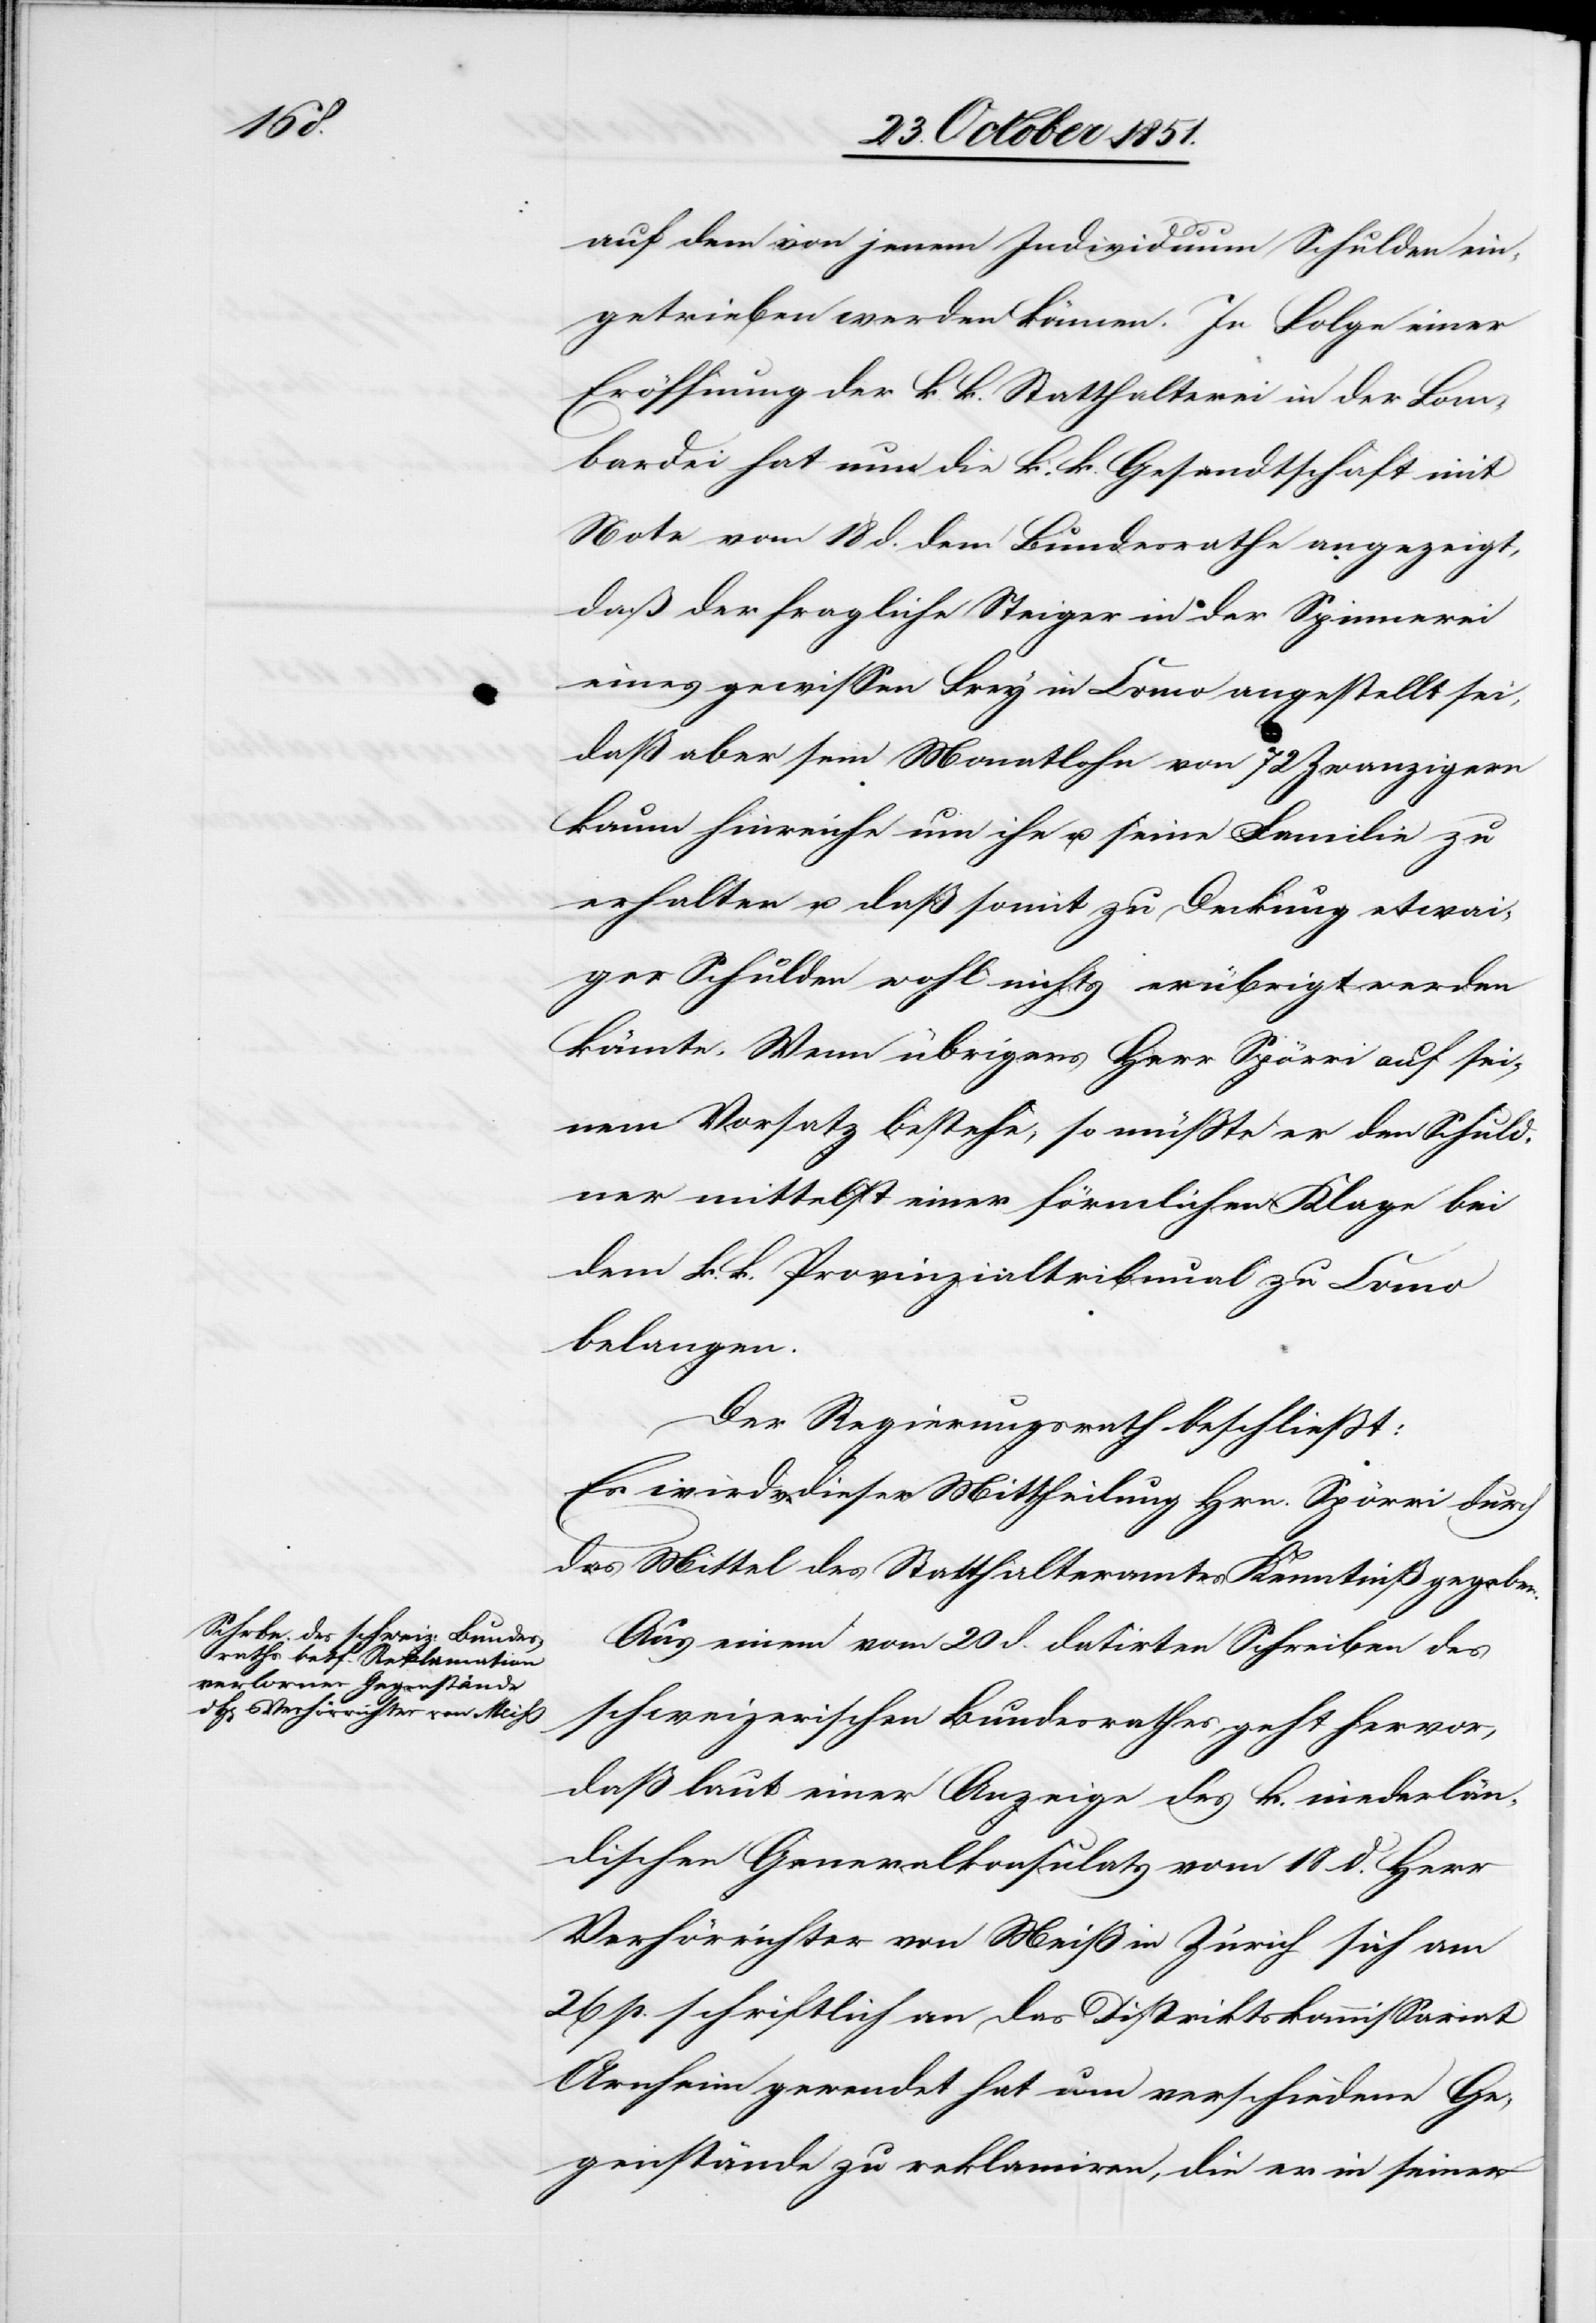
auf dem von jenem Individuum Schulden ein¬
getrieben werden können. In Folge einer
Eröffnung der k. k. Statthalterei in der Lom¬
bardei hat nun die k. k. Gesandtschaft mit
Note vom 18 d. dem Bundesrathe angezeigt,
daß der fragliche Steiger in der Spinnerei
eines gewissen Frey in Como angestellt sei,
daß aber sein Monatlohn von 72 Zwanzigern
kaum hinreiche um ihn u. seine Familie zu
erhalten u. daß somit zu Deckung etwai¬
ger Schulden wohl nichts erübrigt werden
könnte. Wenn übrigens Herr Spörri auf sei¬
nem Vorsatz bestehe, so müßte er den Schuld¬
ner mittelst einer förmlichen Klage bei
dem k. k. Provinzialtribunal zu Como
belangen.
Der Regierungsrath beschließt:
Es wird v. dieser Mittheilung Hrn. Spörri durch
das Mittel des Statthalteramtes Kenntniß gegeben.
Aus einem vom 20 d. datirten Schreiben des
schweizerischen Bundesrathes geht hervor,
daß laut einer Anzeige des k. niederlän¬
dischen Generalkonsulats vom 18 d. Herr
Verhörrichter von Meiß in Zürich sich am
26 p. schriftlich an das Distriktskommissariat
Arnheim gewendet hat um verschiedene Ge¬
genstände zu reklamiren, die er in seiner